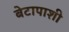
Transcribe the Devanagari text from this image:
बेटापाशी